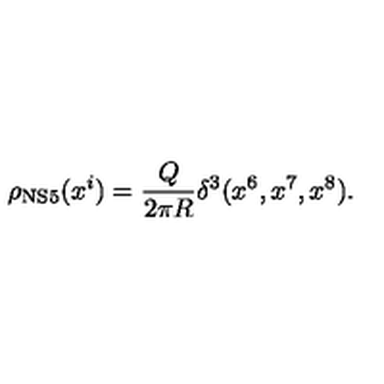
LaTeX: \rho _ { \mathrm { N S 5 } } ( x ^ { i } ) = \frac { Q } { 2 \pi R } \delta ^ { 3 } ( x ^ { 6 } , x ^ { 7 } , x ^ { 8 } ) .